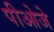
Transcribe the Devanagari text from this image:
पीओजे